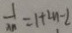
\frac { 1 } { m } = 1 + 2 m - 2